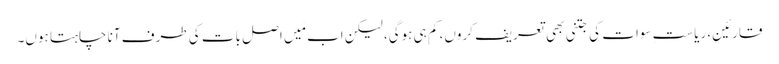
قارئین، ریاستِ سوات کی جتنی بھی تعریف کروں، کم ہی ہوگی، لیکن اب مَیں اصل بات کی طرف آنا چاہتا ہوں۔